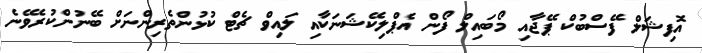
އޮފިޝަލް ފޭސްބުކް ޕޭޖާއި މޯބައިލް ފޯން އެޕްލިކޭޝަނަކާއި ލައިވް ޗެޓް ކުޅުންތެރިންނަށް ބޭނުންކުރެވޭނެ